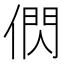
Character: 𬿂